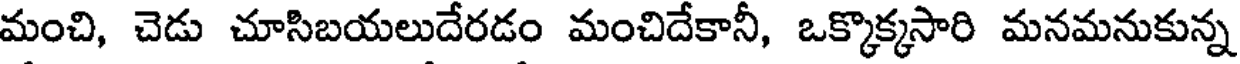
మంచి, చెడు చూసిబయలుదేరడం మంచిదేకానీ, ఒక్కొక్కసారి మనమనుకున్న